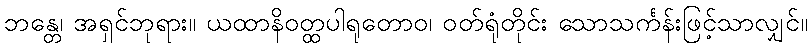
ဘန္တေ၊ အရှင်ဘုရား။ ယထာနိဝတ္ထပါရုတောဝ၊ ဝတ်ရုံတိုင်း သောသင်္ကန်းဖြင့်သာလျှင်။